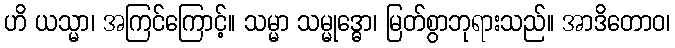
ဟိ ယသ္မာ၊ အကြင်ကြောင့်။ သမ္မာ သမ္မုဒ္ဓော၊ မြတ်စွာဘုရားသည်။ အာဒိတောဝ၊